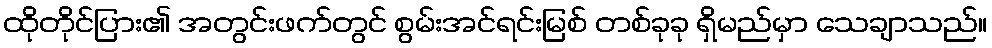
ထိုတိုင်ပြား၏ အတွင်းဖက်တွင် စွမ်းအင်ရင်းမြစ် တစ်ခုခု ရှိမည်မှာ သေချာသည်။